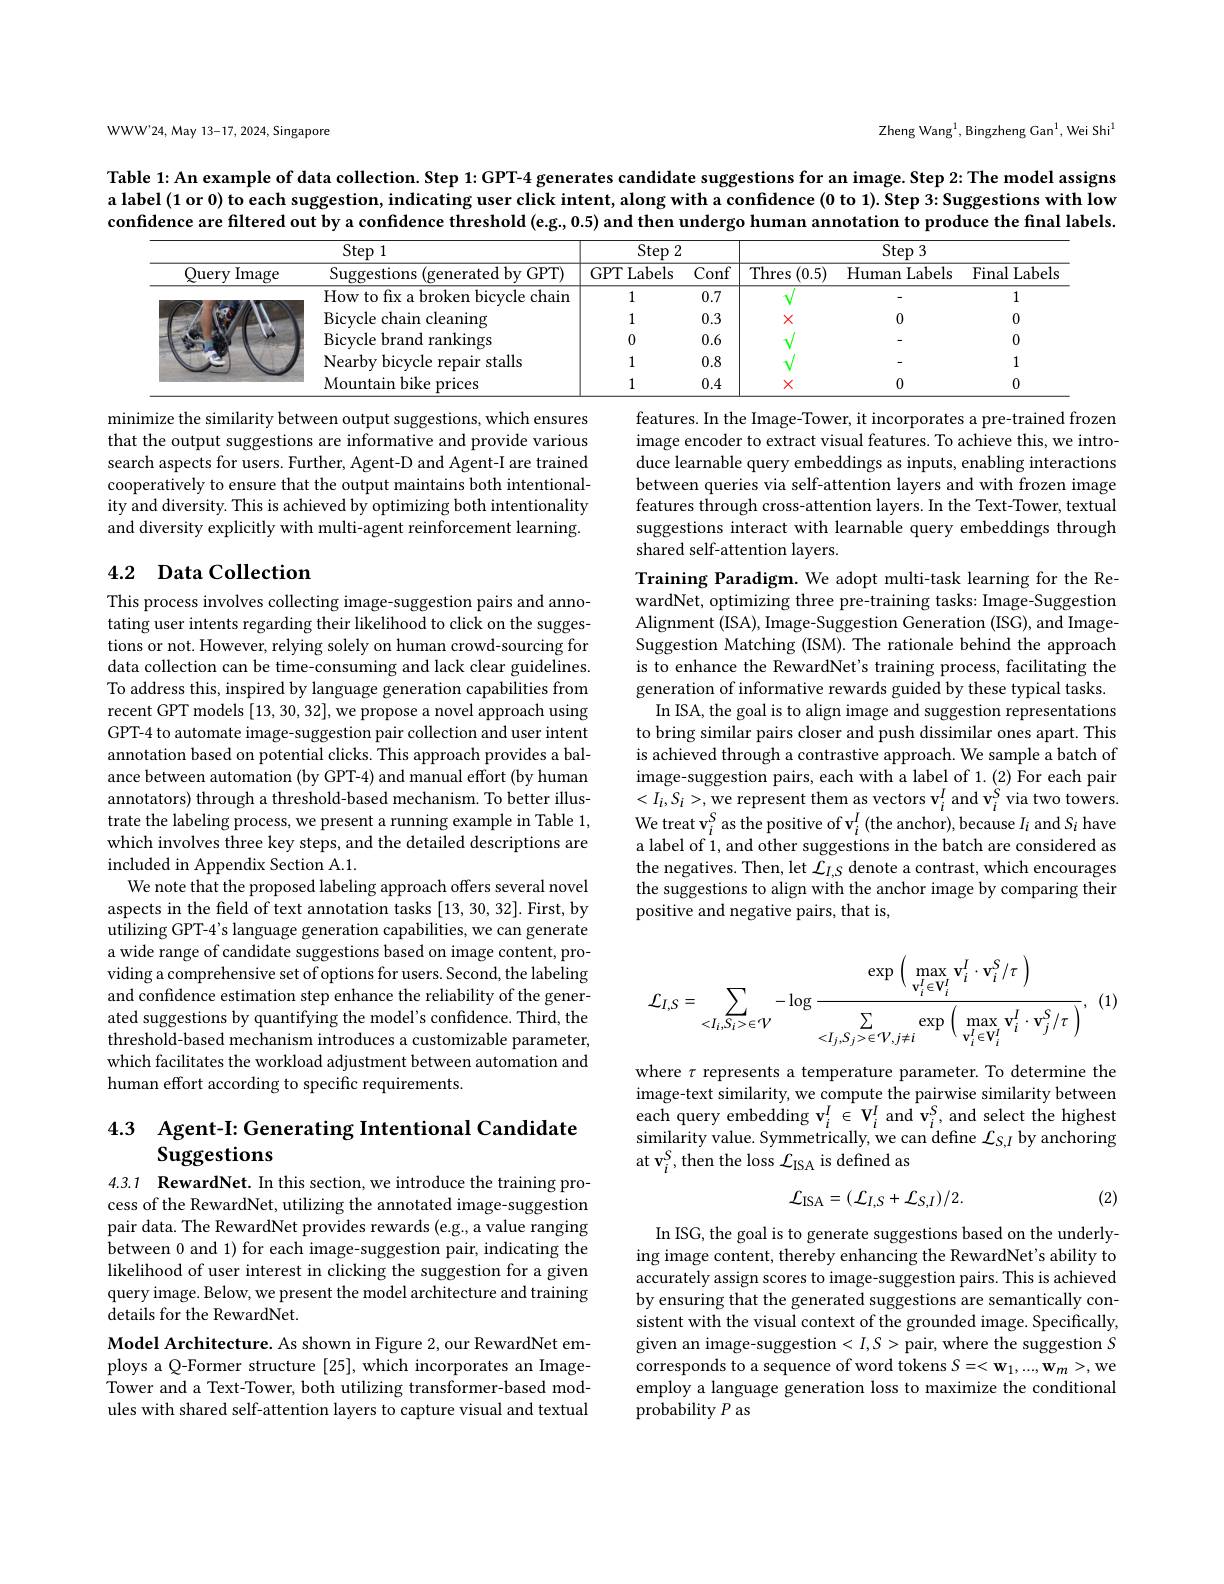
Zheng Wang$^1$,Bingzheng Gan$^1$,Wei Shi$^1$

WWW'24, May 13-17, 2024, Singapore

Table 1: An example of data collection. Step 1: GPT-4 generates candidate suggestions for an image. Step 2: The model assigns a label (1 or 0) to each suggestion, indicating user click intent, along with a confidence (0 to 1). Step 3: Suggestions with low confidence are filtered out by a confidence threshold (eg, 0.5) and then undergo human annotation to produce the final labels

<table>
	<tbody>
		<tr>
			<th rowspan="2">Query Image</th>
			<th rowspan="2">Step 1 Suggestions (generatedby GPT)</th>
			<th colspan="2">$\operatorname{Step}2$</th>
			<th colspan="3">$Step3$</th>
		</tr>
		<tr>
			<th>GPT Labels</th>
			<th>Conf</th>
			<th>Thres (0.5)</th>
			<th>${\mathrm{Human}}$ $\mathbf{1}$Labels</th>
			<th>Final 1Labels</th>
		</tr>
		<tr>
			<td> </td>
			<td>How to fix a broken bicycle chain</td>
			<td>1</td>
			<td>0.7</td>
			<td> </td>
			<td> </td>
			<td>1</td>
		</tr>
		<tr>
			<td rowspan="4"> </td>
			<td>Bicycle chain cleaning</td>
			<td>1</td>
			<td>0.3</td>
			<td>X</td>
			<td>0</td>
			<td>0</td>
		</tr>
		<tr>
			<td>Bicycle brand rankings</td>
			<td>0</td>
			<td>0.6</td>
			<td> </td>
			<td> </td>
			<td>0</td>
		</tr>
		<tr>
			<td>Nearby bicycle repair stalls</td>
			<td>1</td>
			<td>0.8</td>
			<td> </td>
			<td> </td>
			<td></td>
		</tr>
		<tr>
			<td>Mountain bike prices</td>
			<td>1</td>
			<td>0.4</td>
			<td>X</td>
			<td>0</td>
			<td>0</td>
		</tr>
	</tbody>
</table>

minimize the similarity between output suggestions, which ensures that the output suggestions are informative and provide various search aspects for users. Further, Agent-D and Agent-I are trained cooperatively to ensure that the output maintains both intentionality and diversity. This is achieved by optimizing both intentionality and diversity explicitly with multi-agent reinforcement learning.

features. In the Image-Tower, it incorporates a pre-trained frozen image encoder to extract visual features. To achieve this, we introduce learnable query embeddings as inputs, enabling interactions between queries via self-attention layers and with frozen image features through cross-attention layers. In the Text-Tower, textual suggestions interact with learnable query embeddings through shared self-attention layers.

## 4.2 Data Collection

Training Paradigm. We adopt multi-task learning for the RewardNet, optimizing three pre-training tasks: Image-Suggestion Alignment (ISA), Image-Suggestion Generation (ISG), and ImageSuggestion Matching (ISM). The rationale behind the approach is to enhance the RewardNet's training process, facilitating the generation of informative rewards guided by these typical tasks. In ISA, the goal is to align image and suggestion representations to bring similar pairs closer and push dissimilar ones apart. This is achieved through a contrastive approach. We sample a batch of image-suggestion pairs, each with a label of 1. (2) For each pair $<I_{i},S_{i}>$,we represent them as vectors $\mathbf{v}_i^{I}$ and $\mathbf{v}_i^{S}$ via two towers. We treat v$_i^S$ as the positive of v$_i^I$ (the anchor), because $I_i$ and $S_i$ have a label of 1, and other suggestions in the batch are considered as the negatives. Then, let $\mathcal{L}_I,S$ denote a contrast, which encourages the suggestions to align with the anchor image by comparing their positive and negative pairs, that is,

This process involves collecting image-suggestion pairs and annotating user intents regarding their likelihood to click on the suggestions or not. However, relying solely on human crowd-sourcing for data collection can be time-consuming and lack clear guidelines. To address this, inspired by language generation capabilities from recent GPT models [13,30,32],we propose a novel approach using GPT-4 to automate image-suggestion pair collection and user intent annotation based on potential clicks. This approach provides a balance between automation (by GPT-4) and manual effort (by human annotators) through a threshold-based mechanism. To better illustrate the labeling process, we present a running example in Table 1, which involves three key steps, and the detailed descriptions are included in Appendix Section A.1.
We note that the proposed labeling approach offers several novel aspects in the field of text annotation tasks [13, 30, 32]. First, by utilizing GPT-4's language generation capabilities, we can generate a wide range of candidate suggestions based on image content, providing a comprehensive set of options for users. Second, the labeling and confidence estimation step enhance the reliability of the generated suggestions by quantifying the model's confidence. Third, the threshold-based mechanism introduces a customizable parameter, which facilitates the workload adjustment between automation and human effort according to specific requirements.
$$\mathcal{L}_{I,S}=\sum_{<I_{i},S_{i}>\in V}-\log\frac{\exp\:\left(\max_{\mathbf{v}_{i}^{I}\in\mathbf{V}_{i}^{I}}\mathbf{v}_{i}^{I}\cdot\mathbf{v}_{i}^{S}/\tau\:\right)}{\sum_{<I_{j},S_{j}>\in V,j\neq i}\exp\:\left(\max_{\mathbf{v}_{i}^{I}\in\mathbf{V}_{i}^{I}}\mathbf{v}_{i}^{I}\cdot\mathbf{v}_{j}^{S}/\tau\:\right)},\:($$
where $\tau$ represents a temperature parameter. To determine the image-text similarity, we compute the pairwise similarity between each query embedding $\mathbf{v}_i^I\in\mathbf{V}_i^I$ and $\mathbf{v}_i^S$, and select the highest $\operatorname*{similarity}_{c}$value. Symmetrically, we can define $\mathcal{L}_S,I$ by anchoring at v$_i^S$,then the loss $\mathcal{L}_\mathrm{ISA}$ is defined as

## 4.3 Agent-I: Generating Intentional Candidate Suggestions

(2)
$$\mathcal{L}_{\mathrm{ISA}}=(\mathcal{L}_{I,S}+\mathcal{L}_{S,I})/2.$$
4.3.1 RewardNet. In this section, we introduce the training process of the RewardNet, utilizing the annotated image-suggestion pair data. The RewardNet provides rewards (e.g., a value ranging between 0 and 1) for each image-suggestion pair, indicating the likelihood of user interest in clicking the suggestion for a given query image. Below, we present the model architecture and training details for the RewardNet.
Model Architecture. As shown in Figure 2, our RewardNet employs a Q-Former structure [25], which incorporates an ImageTower and a Text-Tower, both utilizing transformer-based modules with shared self-attention layers to capture visual and textual

In ISG, the goal is to generate suggestions based on the underlying image content, thereby enhancing the RewardNet's ability to accurately assign scores to image-suggestion pairs. This is achieved by ensuring that the generated suggestions are semantically consistent with the visual context of the grounded image. Specifically, given an image-suggestion $<I,S>$pair, where the suggestion S corresponds to a sequence of word tokens $S=<\mathbf{w}_1,...,\mathbf{w}_m>$,we employ a language generation loss to maximize the conditional probability $P$ as